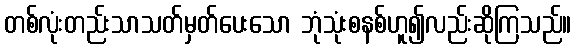
တစ်လုံးတည်းသာသတ်မှတ်ပေးသော ဘုံသုံးစနစ်ဟူ၍လည်းဆိုကြသည်။